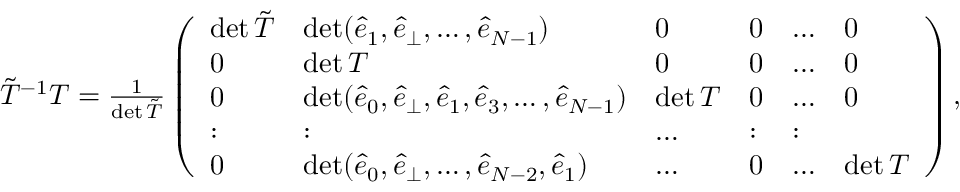
\begin{array} { r } { \tilde { T } ^ { - 1 } T = \frac { 1 } { \operatorname* { d e t } \tilde { T } } \left( \begin{array} { l l l l l l } { \operatorname* { d e t } \tilde { T } } & { \operatorname* { d e t } ( \hat { e } _ { 1 } , \hat { e } _ { \perp } , \dots , \hat { e } _ { N - 1 } ) } & { 0 } & { 0 } & { \dots } & { 0 } \\ { 0 } & { \operatorname* { d e t } T } & { 0 } & { 0 } & { \dots } & { 0 } \\ { 0 } & { \operatorname* { d e t } ( \hat { e } _ { 0 } , \hat { e } _ { \perp } , \hat { e } _ { 1 } , \hat { e } _ { 3 } , \dots , \hat { e } _ { N - 1 } ) } & { \operatorname* { d e t } T } & { 0 } & { \dots } & { 0 } \\ { : } & { : } & { \dots } & { : } & { : } \\ { 0 } & { \operatorname* { d e t } ( \hat { e } _ { 0 } , \hat { e } _ { \perp } , \dots , \hat { e } _ { { N } - 2 } , \hat { e } _ { 1 } ) } & { \dots } & { 0 } & { \dots } & { \operatorname* { d e t } T } \end{array} \right) , } \end{array}